Report of the Imperial Institute of Veterinary Research, Muktesar
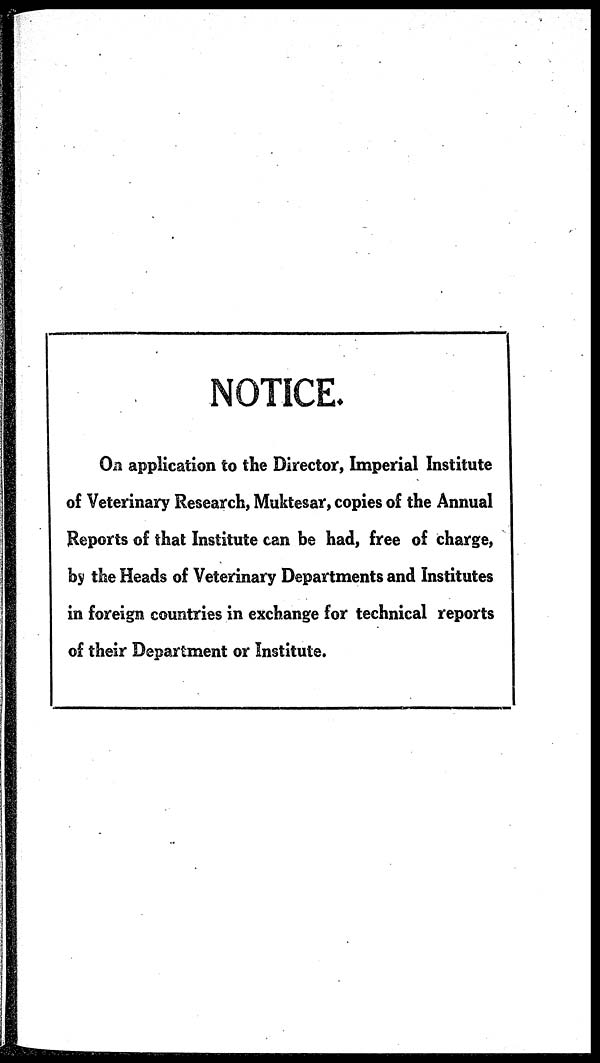
NOTICE.
On application to the Director, Imperial Institute
of Veterinary Research, Muktesar, copies of the Annual
Reports of that Institute can be had, free of charge,
by the Heads of Veterinary Departments and Institutes
in foreign countries in exchange for technical reports
of their Department or Institute.